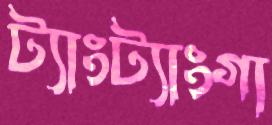
ট্যাংট্যাংগা